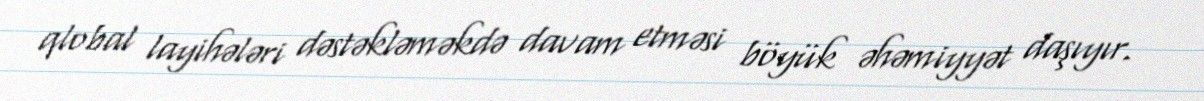
qlobal layihələri dəstəkləməkdə davam etməsi böyük əhəmiyyət daşıyır.